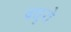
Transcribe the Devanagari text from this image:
वधुये